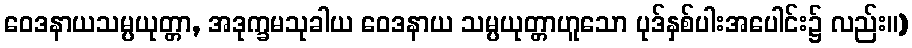
ဝေဒနာယသမ္ပယုတ္တာ, အဒုက္ခမသုခါယ ဝေဒနာယ သမ္ပယုတ္တာဟူသော ပုဒ်နှစ်ပါးအပေါင်း၌ လည်း။)